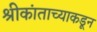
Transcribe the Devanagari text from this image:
श्रीकांताच्याकडून